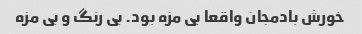
خورش بادمجان واقعا بی مزه بود. بی رنگ و بی مزه